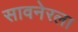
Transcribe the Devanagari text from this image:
सावनेरला